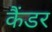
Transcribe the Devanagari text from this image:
कैंडर